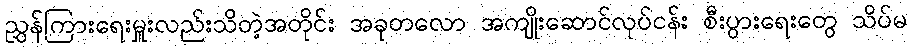
ညွှန်ကြားရေးမှူးလည်းသိတဲ့အတိုင်း အခုတလော အကျိုးဆောင်လုပ်ငန်း စီးပွားရေးတွေ သိပ်မ